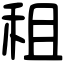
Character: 租